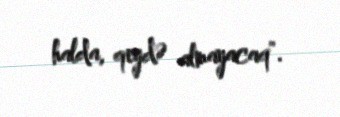
halda, qeydə almayacaq".